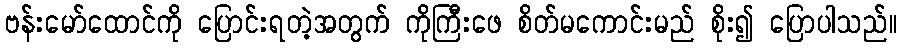
ဗန်းမော်ထောင်ကို ပြောင်းရတဲ့အတွက် ကိုကြီးဖေ စိတ်မကောင်းမည် စိုး၍ ပြောပါသည်။